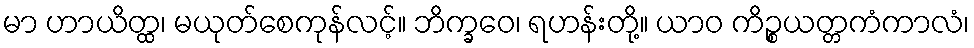
မာ ဟာယိတ္ထ၊ မယုတ်စေကုန်လင့်။ ဘိက္ခဝေ၊ ရဟန်းတို့။ ယာဝ ကိဉ္စယတ္တကံကာလံ၊